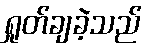
ရှုတ်ချခဲ့သည်